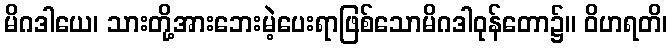
မိဂဒါယေ၊ သားတို့အားဘေးမဲ့ပေးရာဖြစ်သောမိဂဒါဝုန်တော၌။ ဝိဟရတိ၊